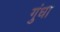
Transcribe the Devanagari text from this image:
गुंधा